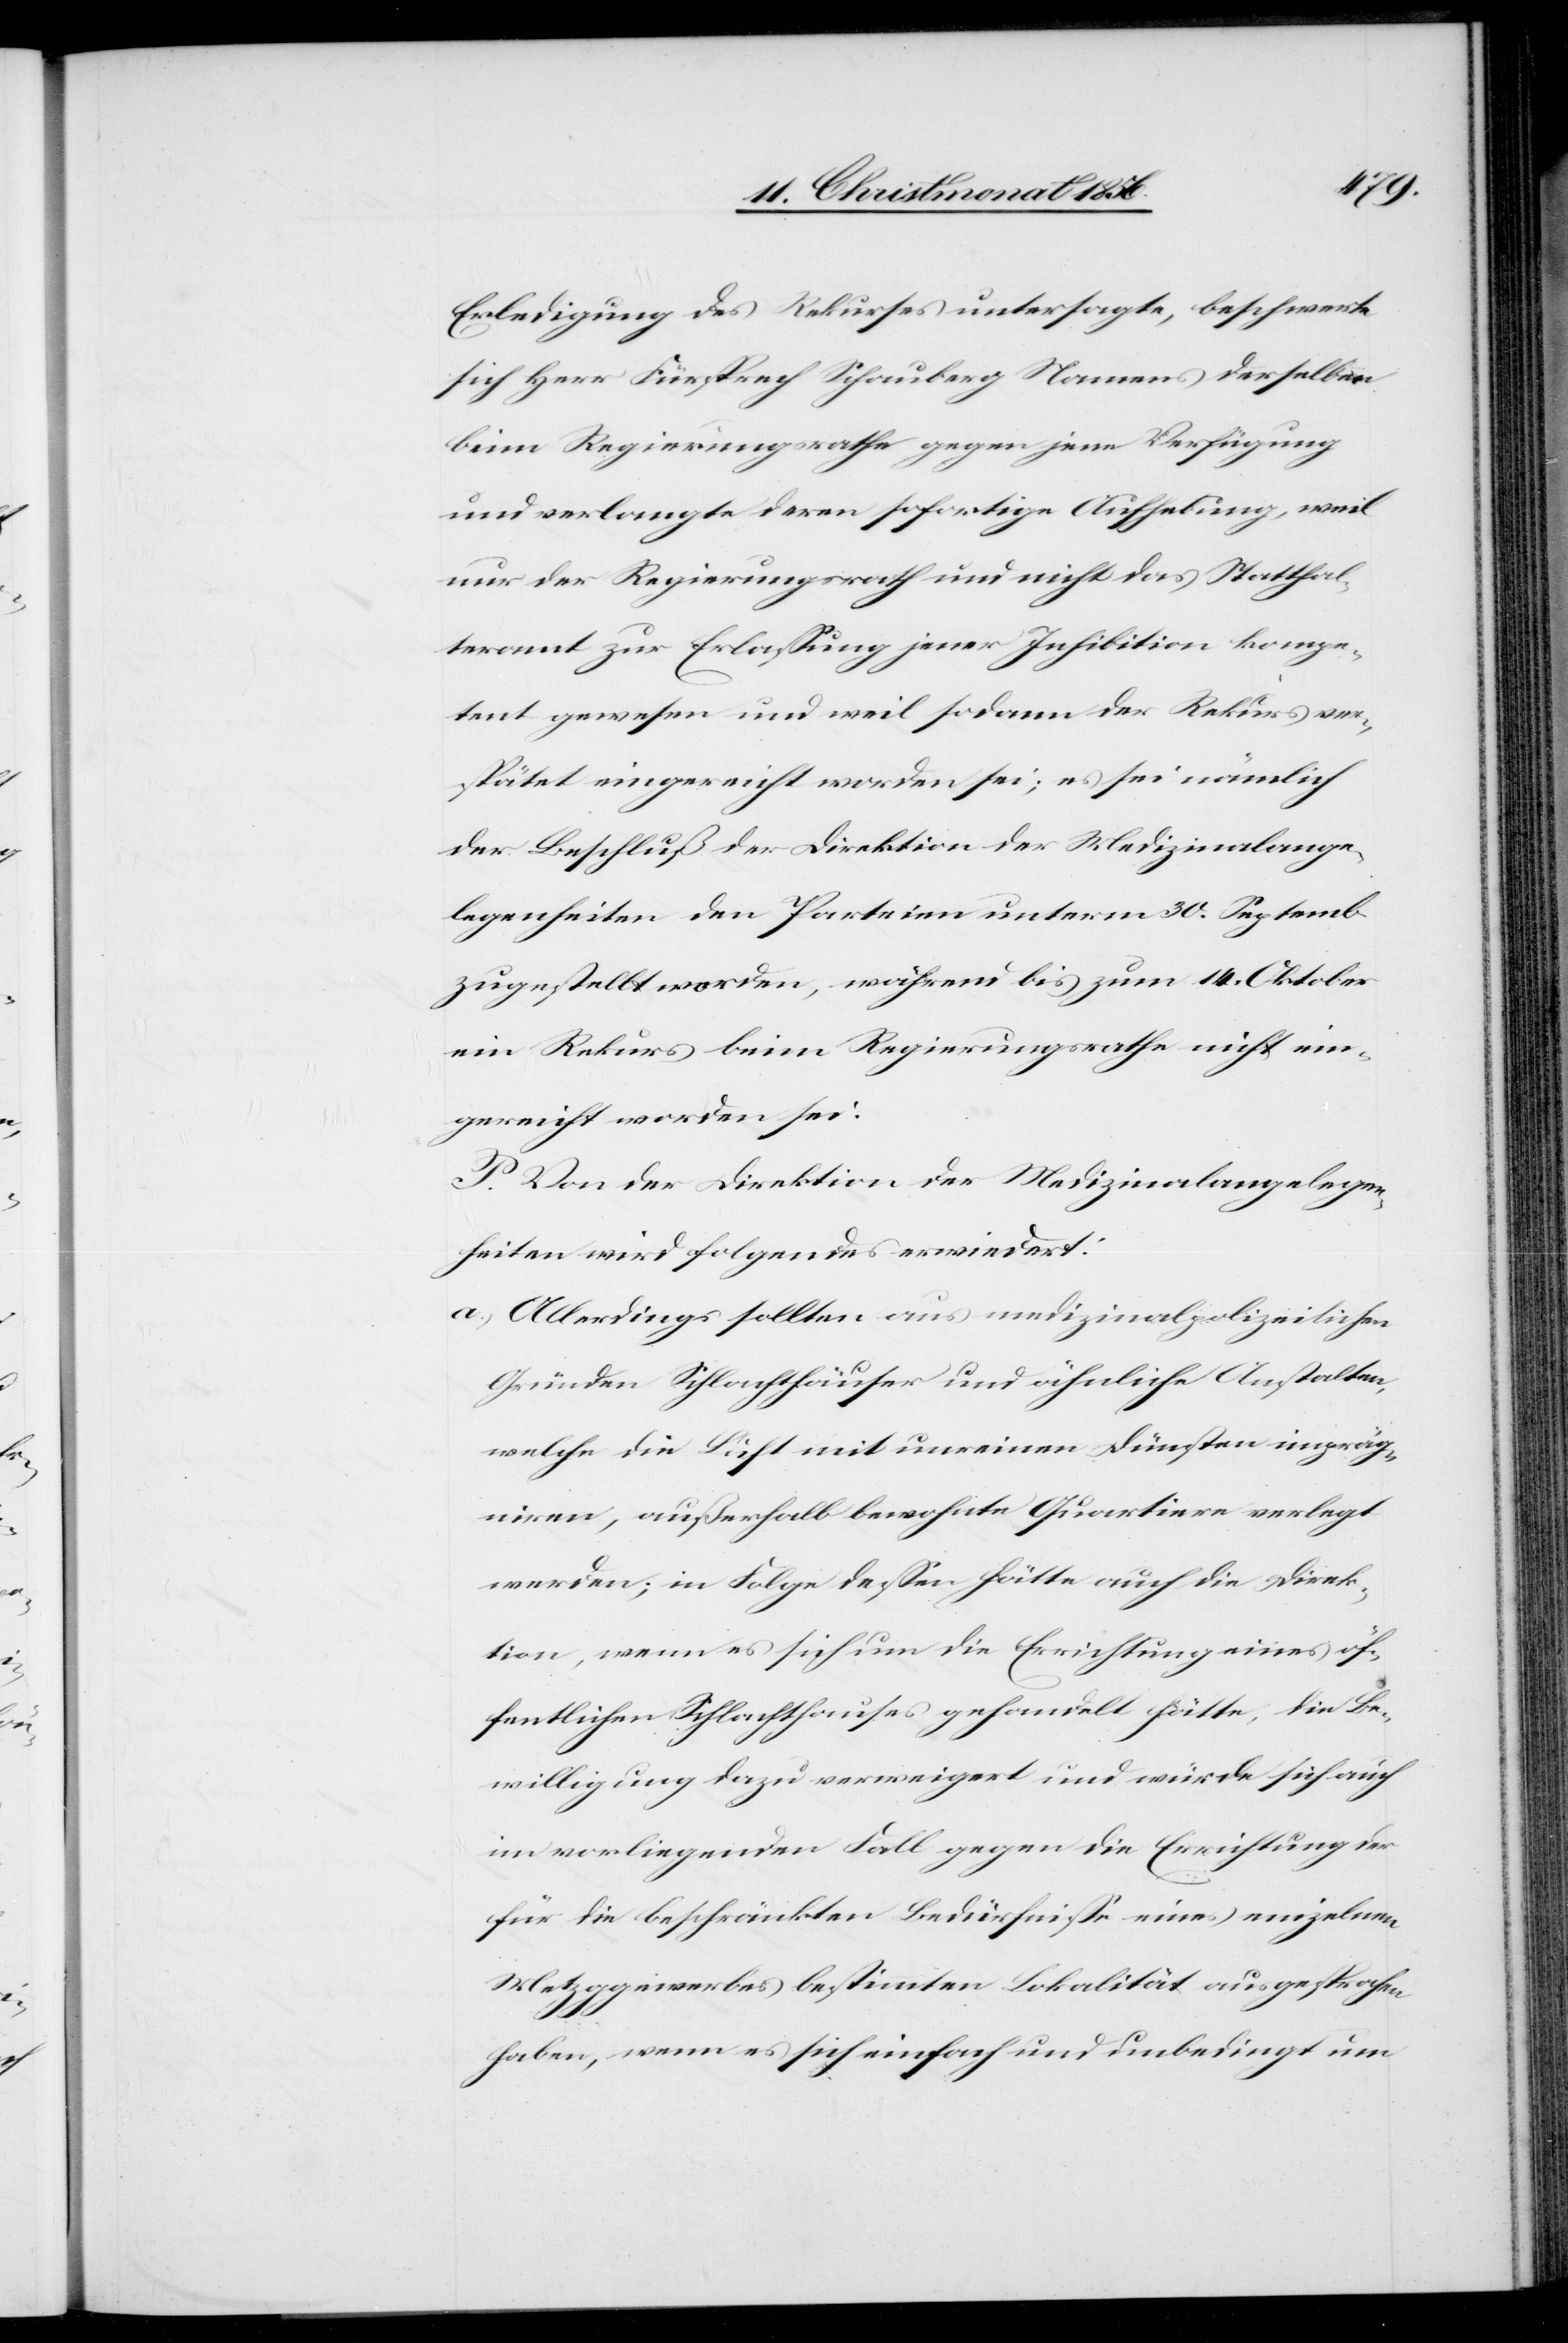
Erledigung des Rekurses untersagte, beschwerte
sich Herr Fürsprech Schauberg Namens derselben
beim Regierungsrathe gegen jene Verfügung
und verlangte deren sofortige Aufhebung, weil
nur der Regierungsrath und nicht das Statthal¬
teramt zur Erlassung jener Inhibition kompe¬
tent gewesen und weil sodann der Rekurs ver¬
spätet eingereicht worden sei; es sei nämlich
der Beschluß der Direktion der Medizinalange¬
legenheiten den Parteien unterm 30. Septemb.
zugestellt worden, während bis zum 14. Oktober
ein Rekurs beim Regierungsrathe nicht ein¬
gereicht worden sei.
P. Von der Direktion der Medizinalangelegen¬
heiten wird folgendes erwiedert:
a.) Allerdings sollten aus medizinalpolizeilichen
Gründen Schlachthäuser und ähnliche Anstalten,
welche die Luft mit unreinen Dünsten impräg¬
niren, außerhalb bewohnte Quartiere verlegt
werden; in Folge dessen hätte auch die Direk¬
tion, wenn es sich um die Errichtung eines öf¬
fentlichen Schlachthauses gehandelt hätte, die Be¬
willigung dazu verweigert und würde sich auch
im vorliegenden Fall gegen die Errichtung der
für die beschränkten Bedürfnisse eines einzelnen
Metzggewerbes bestimmten Lokalität ausgesprochen
haben, wenn es sich einfach und unbedingt um